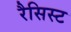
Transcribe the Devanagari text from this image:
रैसिस्ट